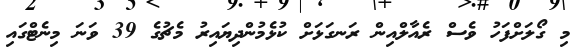
މި ގޯލަށްފަހު ވެސް ރެއާލްއިން ރަނގަޅަށް ކުޅެމުންދިޔައިރު މެޗުގެ 39 ވަނަ މިނެޓްގައި